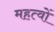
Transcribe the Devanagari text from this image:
महत्वों